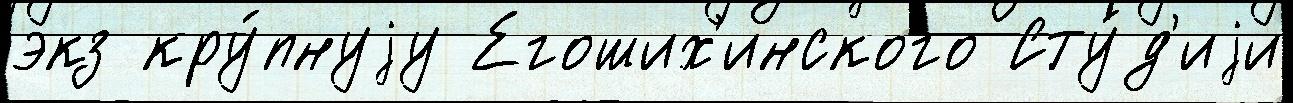
экз кру́пнуjу Егоших'инского Сту́д'иjи